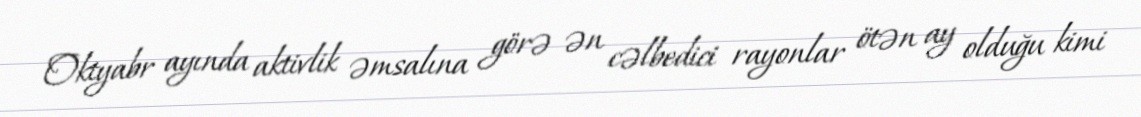
Oktyabr ayında aktivlik əmsalına görə ən cəlbedici rayonlar ötən ay olduğu kimi